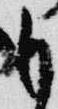
も